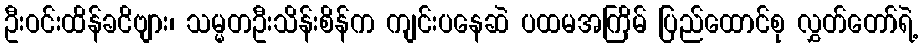
ဦးဝင်းထိန်ခငိဗျား၊ သမ္မတဦးသိန်းစိန်က ကျင်းပနေဆဲ ပထမအကြိမ် ပြည်ထောင်စု လွှတ်တော်ရဲ့